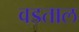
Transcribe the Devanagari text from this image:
वडताल